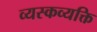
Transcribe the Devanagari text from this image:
व्यस्कव्यक्ति